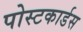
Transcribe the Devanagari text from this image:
पोस्टकार्डस